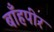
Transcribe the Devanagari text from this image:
बाँहपीर